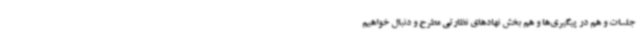
جلسات و هم در پیگیری‌ها و هم بخش نهادهای نظارتی مطرح و دنبال خواهیم